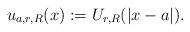
LaTeX: \begin{align*}u_{a,r,R}(x):=U_{r,R}(|x-a|).\end{align*}